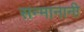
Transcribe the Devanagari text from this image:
सन्मानानी